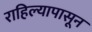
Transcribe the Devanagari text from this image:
राहिल्यापासून